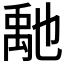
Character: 𥝀